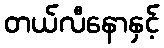
တယ်လီနောနှင့်